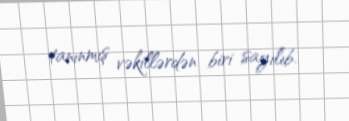
tanınmış vəkillərdən biri sayılıb.